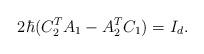
LaTeX: \begin{align*} 2\hbar( C_{2}^{T} A_{1} - A_{2}^{T} C_{1} ) = I_{d}. \end{align*}